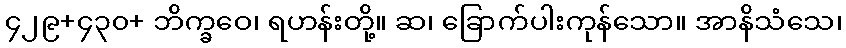
၄၂၉+၄၃၀+ ဘိက္ခဝေ၊ ရဟန်းတို့။ ဆ၊ ခြောက်ပါးကုန်သော။ အာနိသံသေ၊